Riigikohus_(kohtuotsuste_protokollid), lk 8
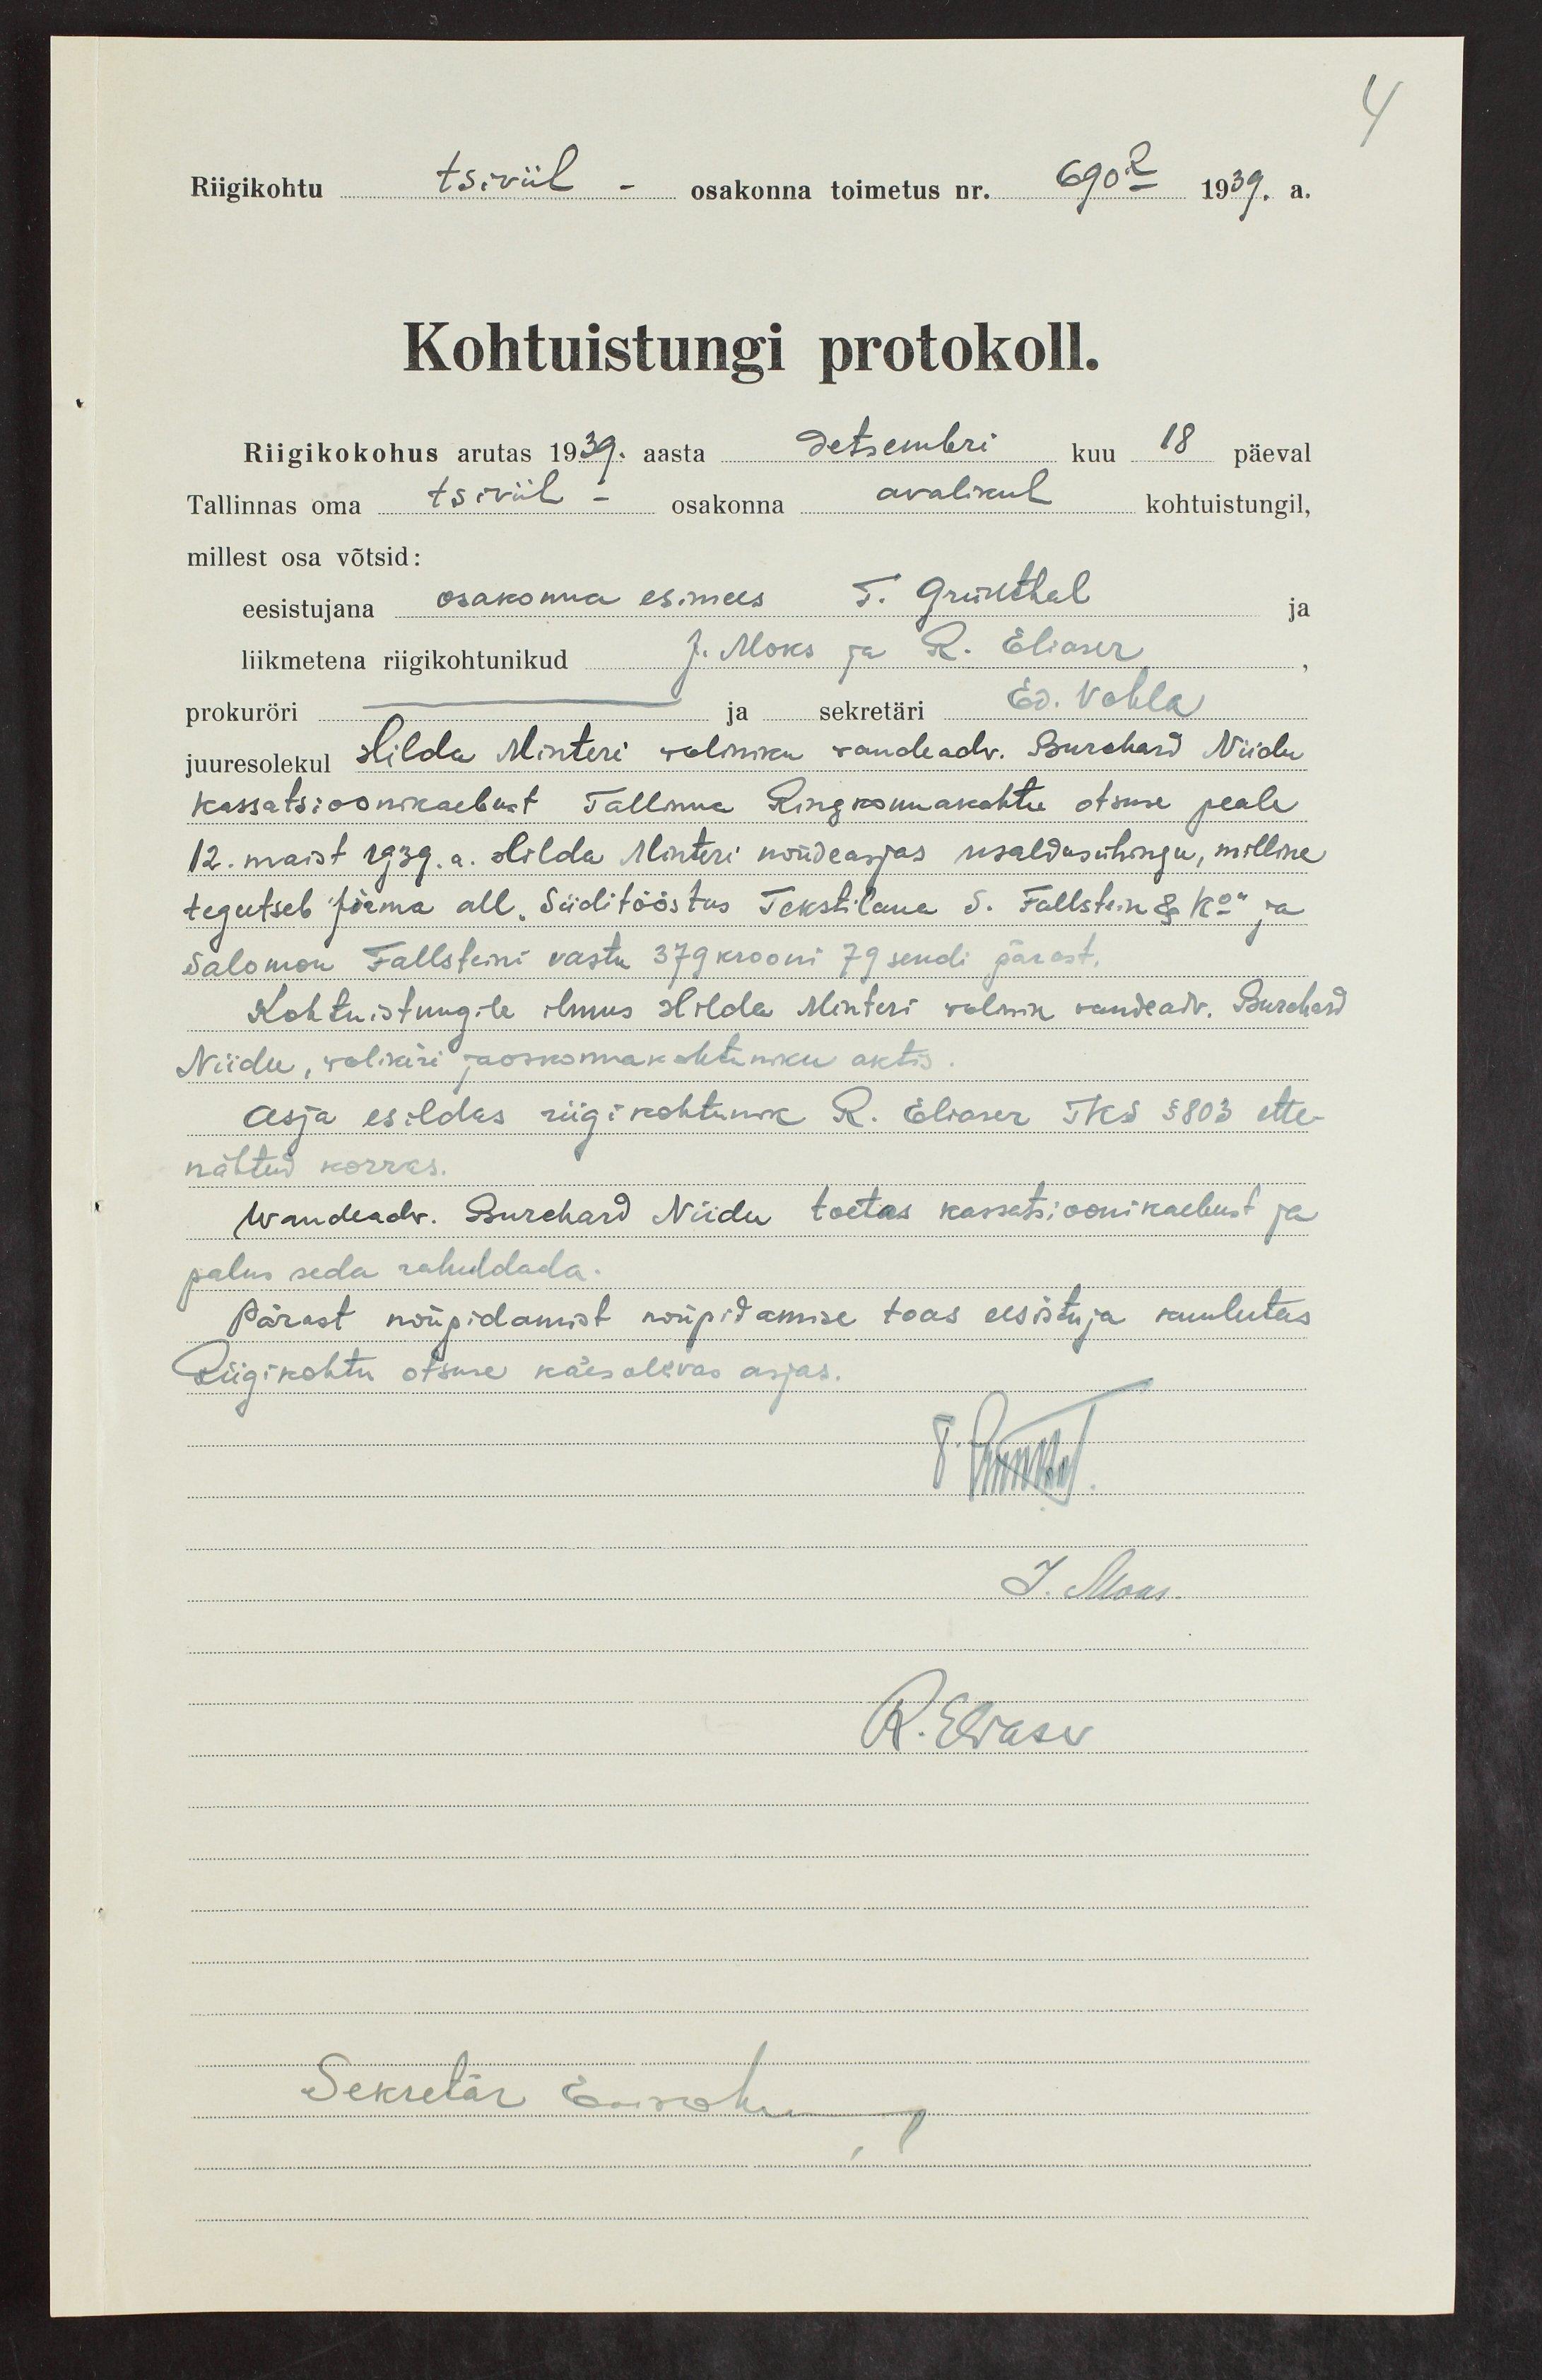
Riigikohtu tsiviil - osakonna toimetus nr. 690-R 1939. a.
Kohtuistungi protokoll.
Riigikokohus arutas 1939. aasta detsembri kuu 18 päeval
Tallinnas oma tsiviil - osakonna avalikul kohtuistungil,
millest osa võtsid:
eesistujana osakonna esimees T. Grünthal
liikmetena riigikohtunikud J. Moks ja R. Eliaser
ja sekretäri Ed. Vahla
prokuröri
juuresolekul Hilda Minteri woliniku wandeadv. Burchard Niidu
kassatsioonikaebust Tallinna Ringkonnakohtu otsuse peale
12. maist 1939.a. Hilda Minteri nõudeasjas usaldusühingu, milline
tegutseb firma all "Siiditööstus Tekstilana S. Fallstein & Ko" ja
Salomon Fallsteini vastu 379 krooni 79 sendi pärast.
Kohtuistungile ilmus Hilda Minteri wolinik vandeadv. Burchard
Niidu, wolikiri jaoskonnakohtuniku aktis.
Asja esildas riigikohtunik R. Eliaser TKS § 803 ette-
nähtud korras.
Wandeadv. Burchard. Niidu toetas kassatsiooni kaebust ja
palus seda rahuldada.
Pärast nõupidamist nõupidamise toas eesistuja kuulutas
Riigikohtu otsuse käesolevas asjas.